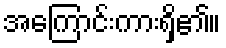
အကြောင်းကားရှိ၏။